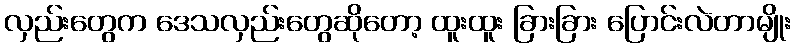
လှည်းတွေက ဒေသလှည်းတွေဆိုတော့ ထူးထူး ခြားခြား ပြောင်းလဲတာမျိုး